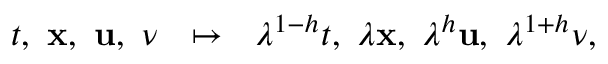
t , \ \mathbf { x } , \ \mathbf { u } , \ \nu \ \ \mapsto \ \ \lambda ^ { 1 - h } t , \ \lambda \mathbf { x } , \ \lambda ^ { h } \mathbf { u } , \ \lambda ^ { 1 + h } \nu ,